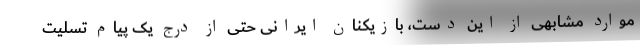
موارد مشابهی از این دست، بازیکنان ایرانی حتی از درج یک پیام تسلیت